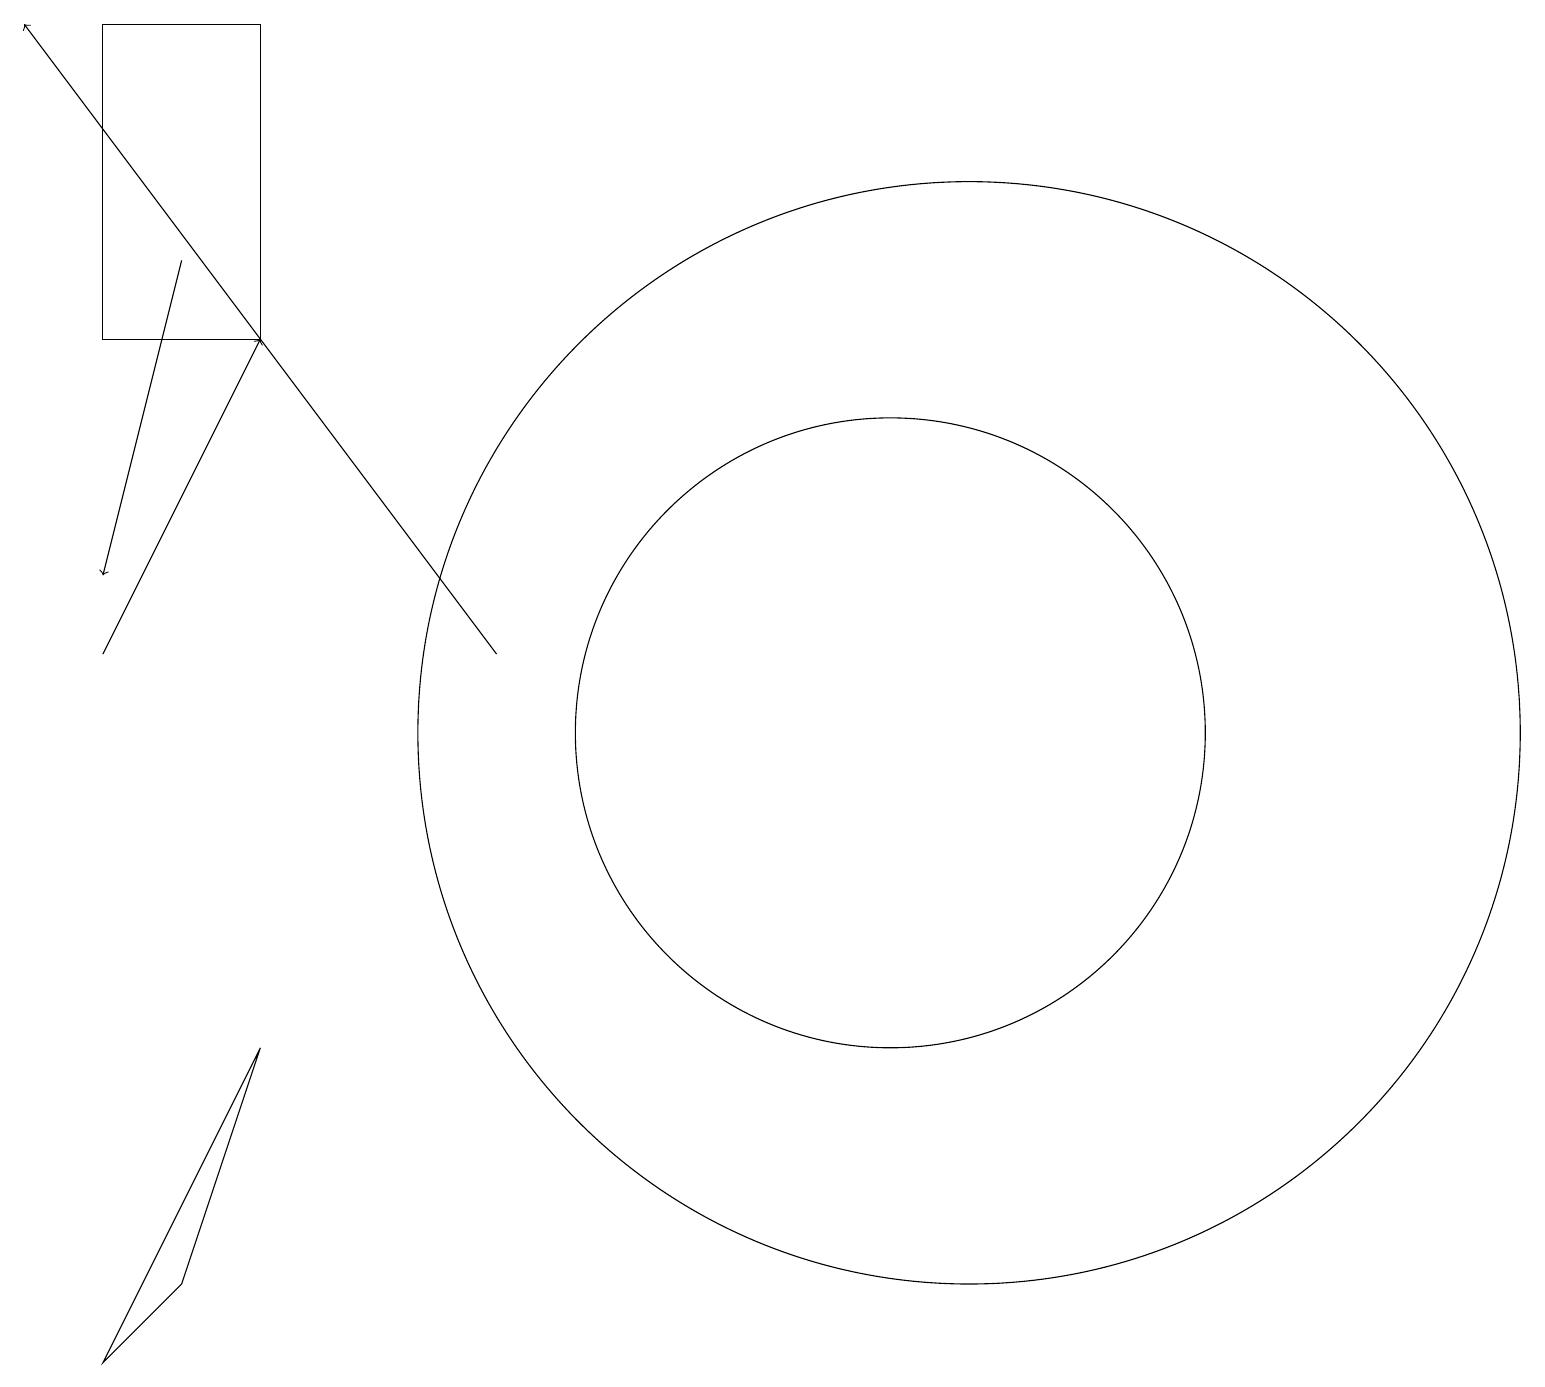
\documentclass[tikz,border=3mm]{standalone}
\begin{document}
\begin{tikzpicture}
\draw[->] (1,11) -- (3,15);
\draw (11,10) circle (4);
\draw (12,10) circle (7);
\draw (3,15) rectangle (1,19);
\draw (1,2) -- (3,6) -- (2,3) -- cycle;
\draw[->] (2,16) -- (1,12);
\draw[->] (6,11) -- (0,19);
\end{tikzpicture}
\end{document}